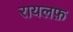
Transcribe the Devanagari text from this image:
रायलफ़